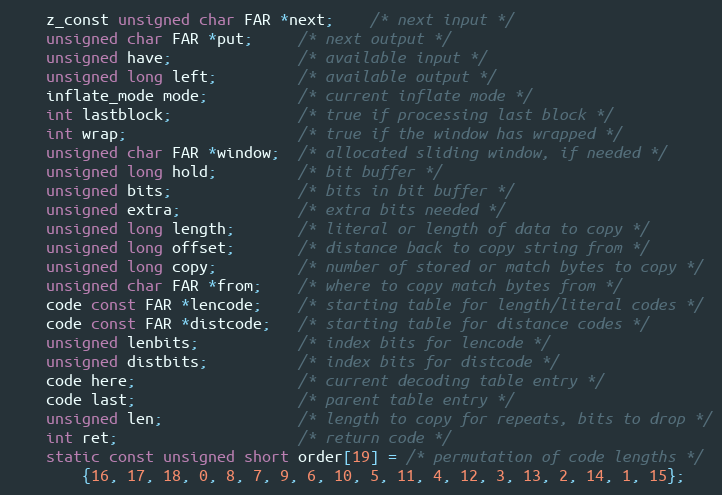
Language: C
    z_const unsigned char FAR *next;    /* next input */
    unsigned char FAR *put;     /* next output */
    unsigned have;              /* available input */
    unsigned long left;         /* available output */
    inflate_mode mode;          /* current inflate mode */
    int lastblock;              /* true if processing last block */
    int wrap;                   /* true if the window has wrapped */
    unsigned char FAR *window;  /* allocated sliding window, if needed */
    unsigned long hold;         /* bit buffer */
    unsigned bits;              /* bits in bit buffer */
    unsigned extra;             /* extra bits needed */
    unsigned long length;       /* literal or length of data to copy */
    unsigned long offset;       /* distance back to copy string from */
    unsigned long copy;         /* number of stored or match bytes to copy */
    unsigned char FAR *from;    /* where to copy match bytes from */
    code const FAR *lencode;    /* starting table for length/literal codes */
    code const FAR *distcode;   /* starting table for distance codes */
    unsigned lenbits;           /* index bits for lencode */
    unsigned distbits;          /* index bits for distcode */
    code here;                  /* current decoding table entry */
    code last;                  /* parent table entry */
    unsigned len;               /* length to copy for repeats, bits to drop */
    int ret;                    /* return code */
    static const unsigned short order[19] = /* permutation of code lengths */
        {16, 17, 18, 0, 8, 7, 9, 6, 10, 5, 11, 4, 12, 3, 13, 2, 14, 1, 15};